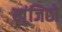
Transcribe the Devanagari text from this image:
खूंजिछो